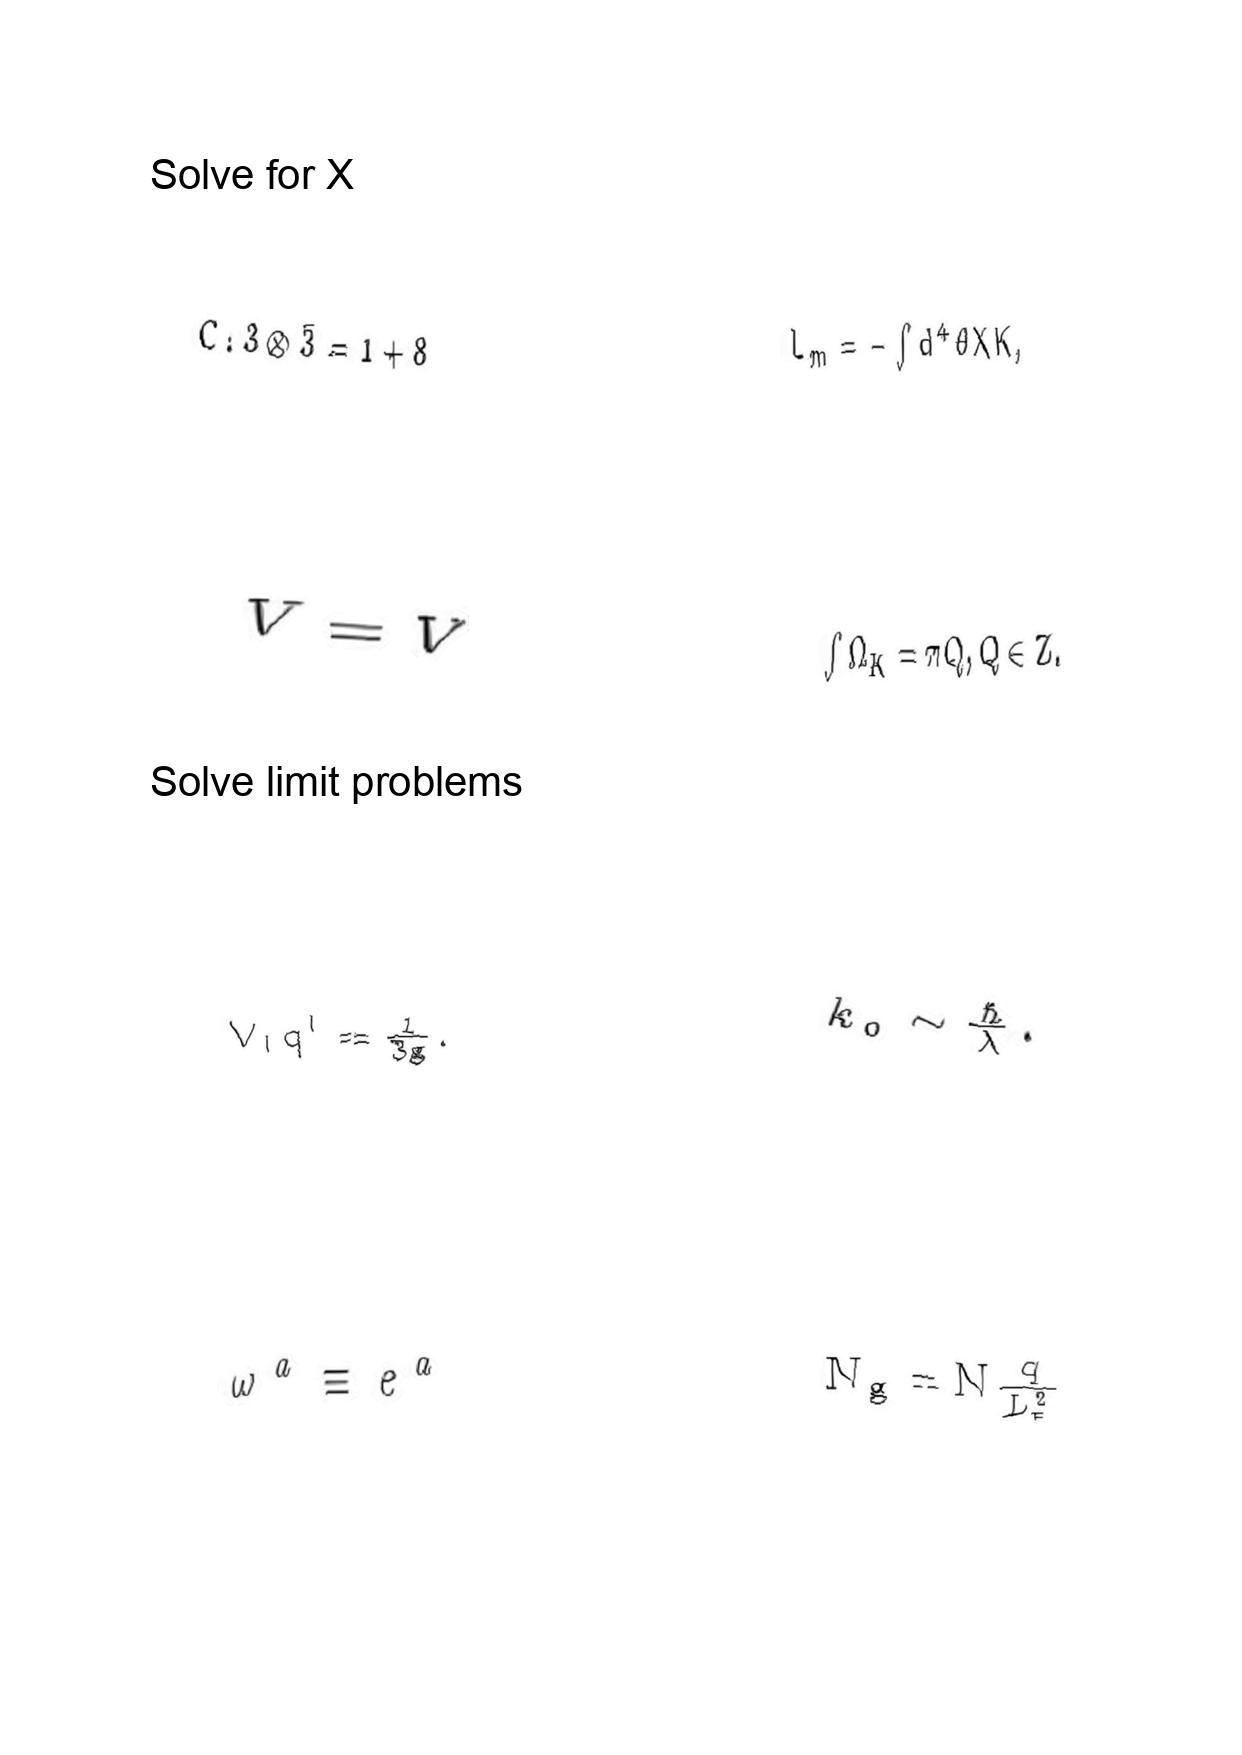
LaTeX transcription:
C : 3 \otimes \bar { 3 } = 1 + 8
\bar { V } = V
V _ { I } q ^ { I } = \frac { 1 } { 3 g } .
\omega ^ { a } \equiv e ^ { a }
L _ { m } = - \int d ^ { 4 } \theta X K ,
\int \Omega _ { K } = \pi Q , Q \in Z .
k _ { 0 } \sim \frac { \hbar } { \lambda } .
N _ { g } = N \frac { q } { L _ { 5 } ^ { 2 } }